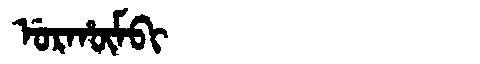
Manchu: ᡠᡵᡥᡡᠮᠪᡳ
Romanization: URHŪMBI